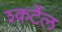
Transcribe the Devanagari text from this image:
श्कर्टेल